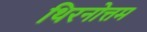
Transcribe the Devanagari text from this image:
थिरनोत्तम